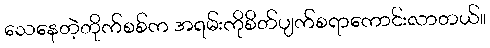
သေနေတဲ့တိုက်စစ်က အရမ်းကိုစိတ်ပျက်စရာကောင်းလာတယ်။